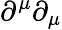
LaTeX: \partial^{\mu}\partial_{\mu}